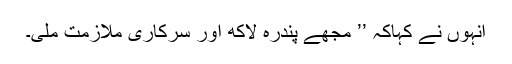
انہوں نے کہاکہ ’’ مجھے پندرہ لاکھ اور سرکاری ملازمت ملی۔